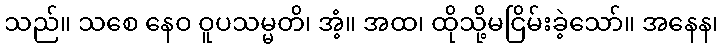
သည်။ သစေ နေဝ ဝူပသမ္မတိ၊ အံ့။ အထ၊ ထိုသို့မငြိမ်းခဲ့သော်။ အနေန၊